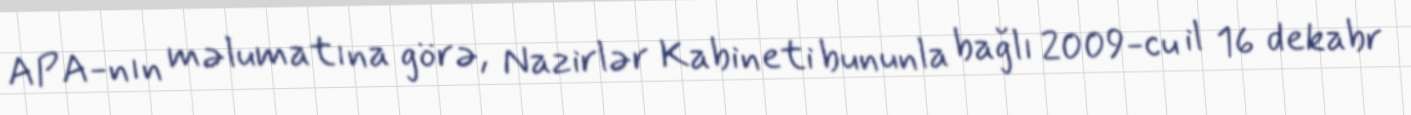
APA-nın məlumatına görə, Nazirlər Kabineti bununla bağlı 2009-cu il 16 dekabr